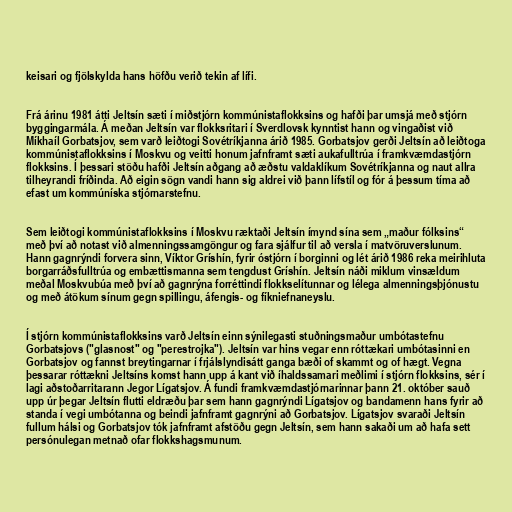
keisari og fjölskylda hans höfðu verið tekin af lífi.

Frá árinu 1981 átti Jeltsín sæti í miðstjórn kommúnistaflokksins og hafði þar umsjá með stjórn
byggingarmála. Á meðan Jeltsín var flokksritari í Sverdlovsk kynntist hann og vingaðist við
Míkhaíl Gorbatsjov, sem varð leiðtogi Sovétríkjanna árið 1985. Gorbatsjov gerði Jeltsín að leiðtoga
kommúnistaflokksins í Moskvu og veitti honum jafnframt sæti aukafulltrúa í framkvæmdastjórn
flokksins. Í þessari stöðu hafði Jeltsín aðgang að æðstu valdaklíkum Sovétríkjanna og naut allra
tilheyrandi fríðinda. Að eigin sögn vandi hann sig aldrei við þann lífstíl og fór á þessum tíma að
efast um kommúníska stjórnarstefnu.

Sem leiðtogi kommúnistaflokksins í Moskvu ræktaði Jeltsín ímynd sína sem „maður fólksins“
með því að notast við almenningssamgöngur og fara sjálfur til að versla í matvöruverslunum.
Hann gagnrýndi forvera sinn, Víktor Gríshín, fyrir óstjórn í borginni og lét árið 1986 reka meirihluta
borgarráðsfulltrúa og embættismanna sem tengdust Gríshín. Jeltsín náði miklum vinsældum
meðal Moskvubúa með því að gagnrýna forréttindi flokkselítunnar og lélega almenningsþjónustu
og með átökum sínum gegn spillingu, áfengis- og fíkniefnaneyslu.

Í stjórn kommúnistaflokksins varð Jeltsín einn sýnilegasti stuðningsmaður umbótastefnu
Gorbatsjovs ("glasnost" og "perestrojka"). Jeltsín var hins vegar enn róttækari umbótasinni en
Gorbatsjov og fannst breytingarnar í frjálslyndisátt ganga bæði of skammt og of hægt. Vegna
þessarar róttækni Jeltsíns komst hann upp á kant við íhaldssamari meðlimi í stjórn flokksins, sér í
lagi aðstoðarritarann Jegor Lígatsjov. Á fundi framkvæmdastjórnarinnar þann 21. október sauð
upp úr þegar Jeltsín flutti eldræðu þar sem hann gagnrýndi Lígatsjov og bandamenn hans fyrir að
standa í vegi umbótanna og beindi jafnframt gagnrýni að Gorbatsjov. Lígatsjov svaraði Jeltsín
fullum hálsi og Gorbatsjov tók jafnframt afstöðu gegn Jeltsín, sem hann sakaði um að hafa sett
persónulegan metnað ofar flokkshagsmunum.